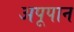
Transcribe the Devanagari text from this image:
अपूपान